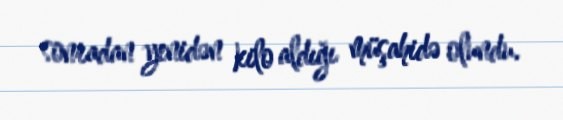
sonradan yenidən kilo aldığı müşahidə olundu.